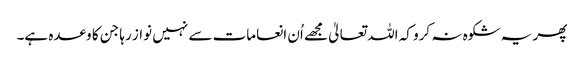
پھر یہ شکوہ نہ کرو کہ اللہ تعالیٰ مجھے اُن انعامات سے نہیں نواز رہا جن کا وعدہ ہے۔